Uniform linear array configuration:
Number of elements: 4
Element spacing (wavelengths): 0.75
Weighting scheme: blackman
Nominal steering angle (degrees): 0
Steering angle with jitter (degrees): -1.38
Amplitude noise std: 0.05
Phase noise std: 0.05

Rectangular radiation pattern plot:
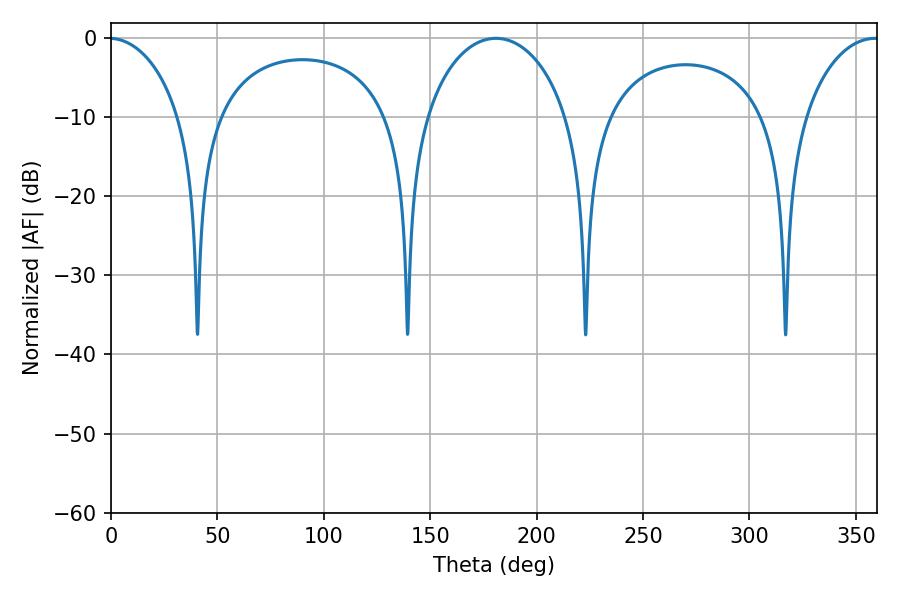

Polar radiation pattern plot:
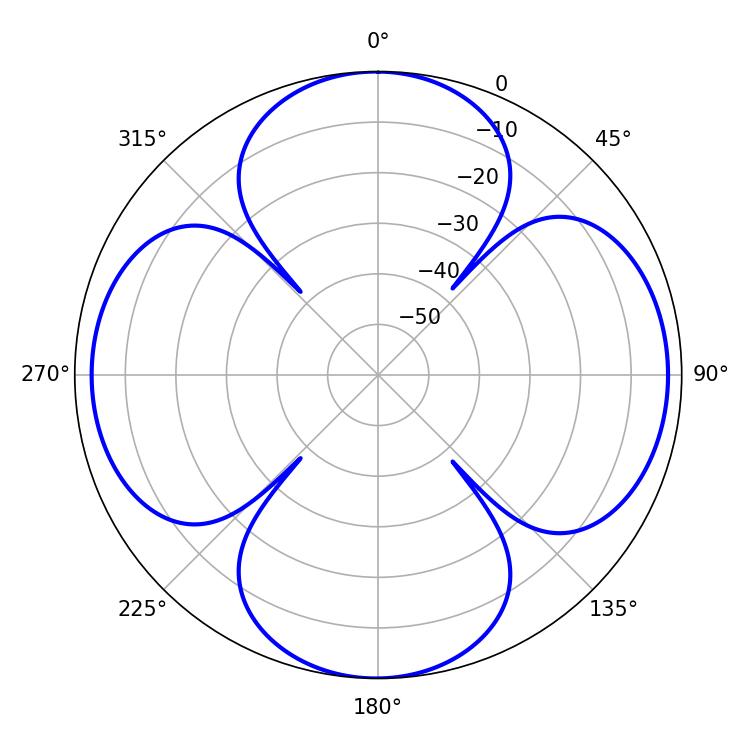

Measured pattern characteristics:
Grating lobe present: TRUE
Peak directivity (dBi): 14.897
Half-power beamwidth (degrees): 38.7
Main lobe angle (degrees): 180.9